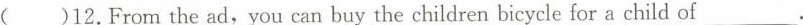
()12. From the ad, you can buy the children bicycle for a child of ___.